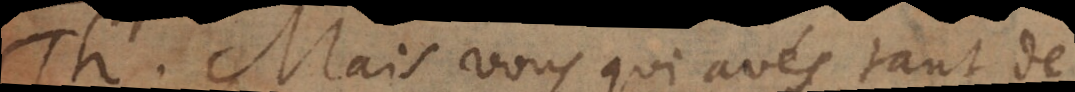
T. Mais vous qui avés tant de